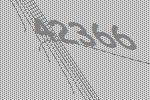
42366